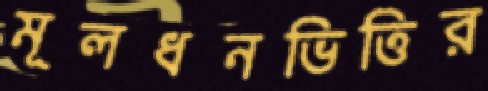
মূলধনভিত্তির